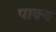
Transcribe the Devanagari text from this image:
पाक्य